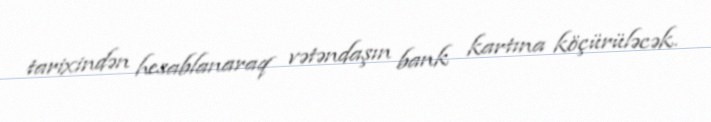
tarixindən hesablanaraq vətəndaşın bank kartına köçürüləcək.